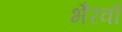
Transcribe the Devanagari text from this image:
भैरवों